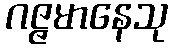
ဂဇ္ဇမာနေသု